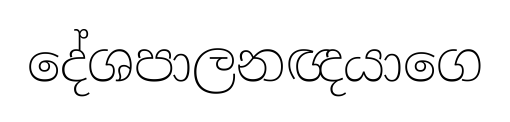
දේශපාලනඥයාගෙ